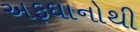
અફઘાનોથી